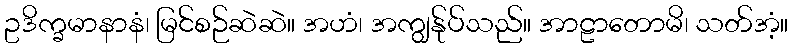
ဥဒိက္ခမာနာနံ၊ မြင်စဉ်ဆဲဆဲ။ အဟံ၊ အကျွန်ုပ်သည်။ အာဠာတောမိ၊ သတ်အံ့။